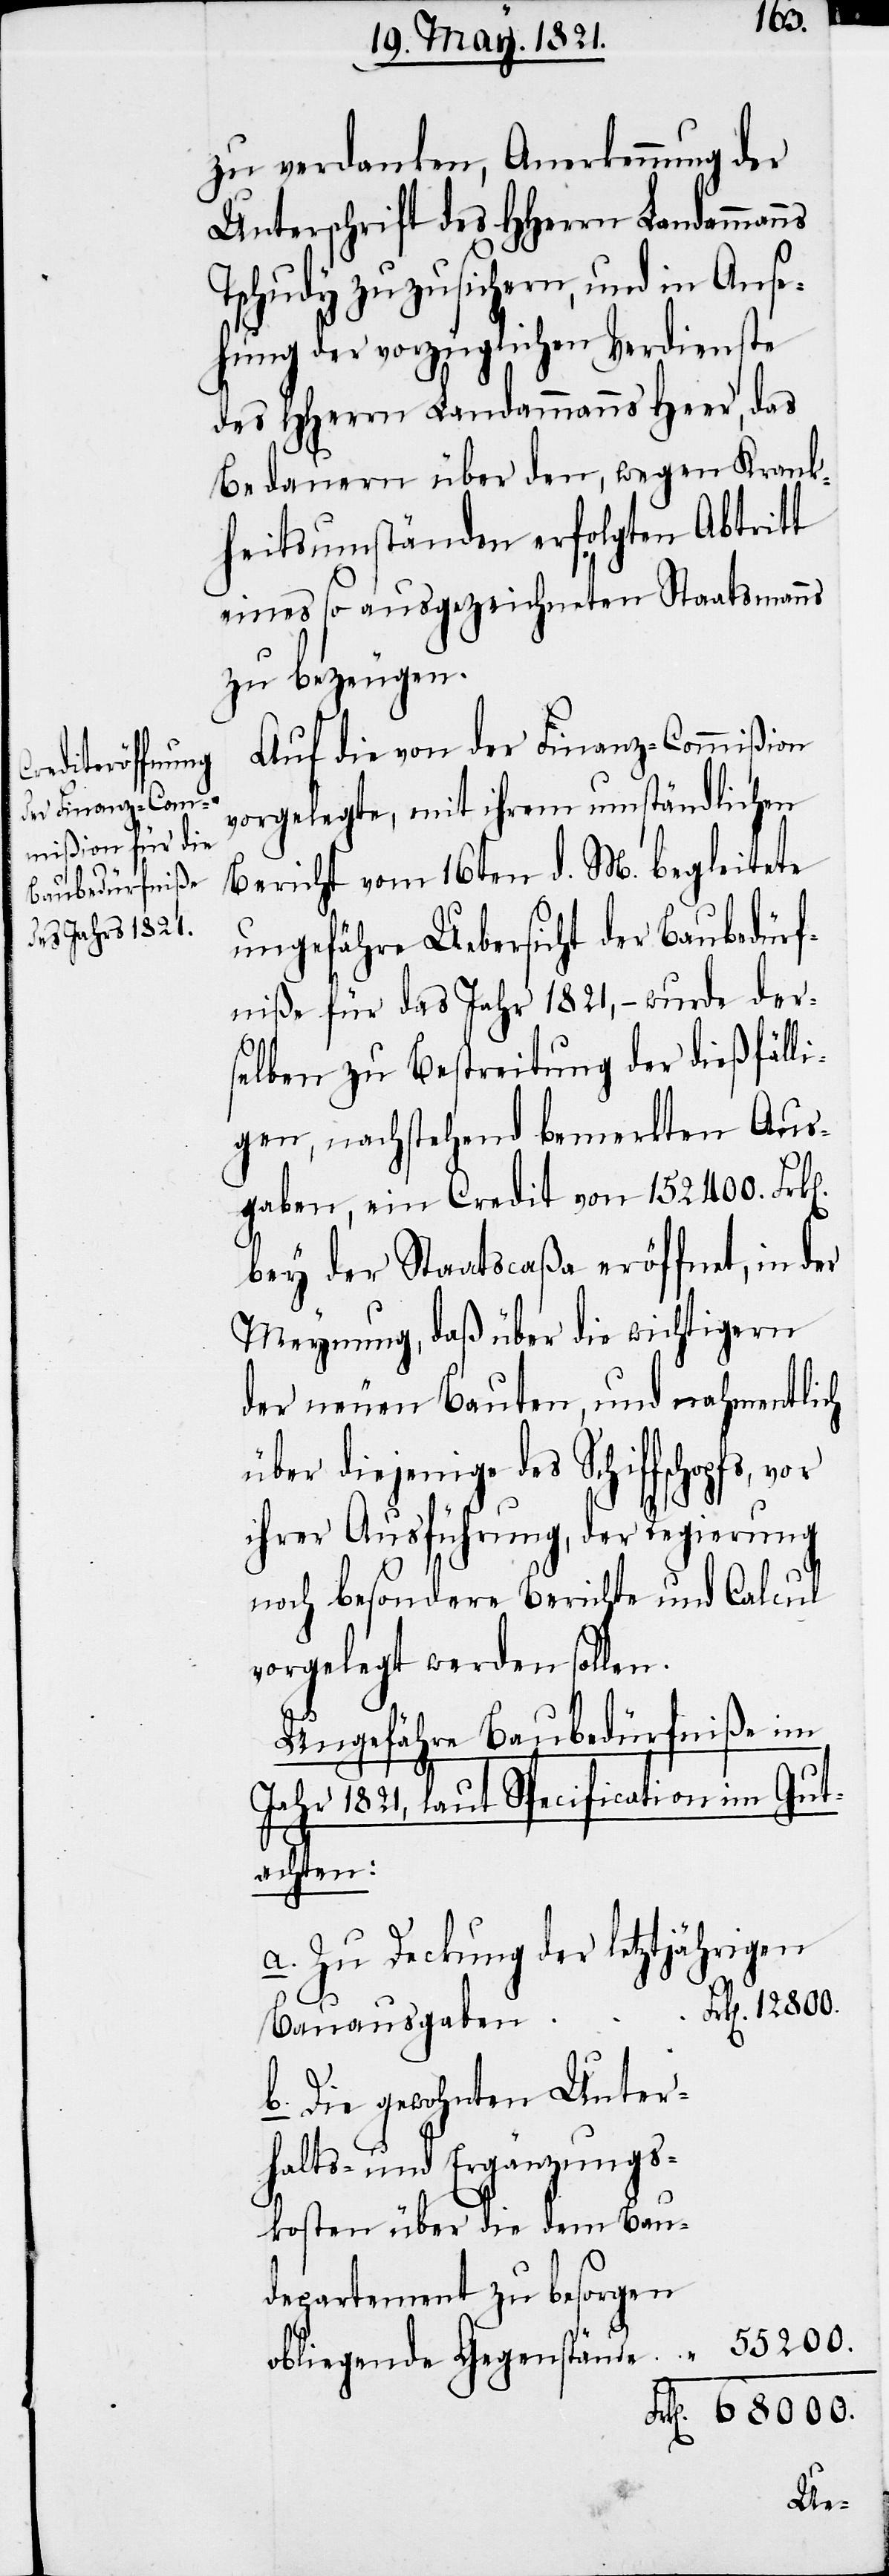
12 800.
zu verdanken, Anerkennung der
Unterschrift des HHerrn Landammanns
Tschudy zuzusichern, und in Anse¬
hung der vorzüglichen Verdienste
des HHerrn Landammanns Heer, das
Bedauern über den, wegen Krank¬
heitsumständen erfolgten Abtritt
eines so ausgezeichneten Staatsmanns
zu bezeugen.
Auf die von der Finanz-Commißion
vorgelegte, mit ihrem umständlichen
Bericht vom 16ten d. M. begleitete
ungefähre Uebersicht der Baubedürf¬
niße für das Jahr 1821, – wurde der¬
selben zu Bestreitung der dießfälli¬
gen, nachstehend bemerkten Aus¬
gaben, ein Credit von 152 400. Frk[e¬
bey der Staatscaßa eröffnet, in der
Meynung, daß über die wichtigern
der neuen Bauten, und nahmentlich
über diejenige des Schiffschopfs, vor
ihrer Ausführung, der Regierung
noch besondere Berichte und Calcul
vorgelegt werden sollen.
Ungefähre Baubedürfniße im
Jahr 1821, laut Specification im Gut¬
“
achten:
Zu Deckung der letztjährigen
Bauausgaben
Die gewohnten Unter¬
halts- und Ergänzungs¬
kosten über die dem Bau¬
departement zu besorgen
55 200.
obliegende Gegenstände

n].